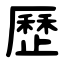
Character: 歷